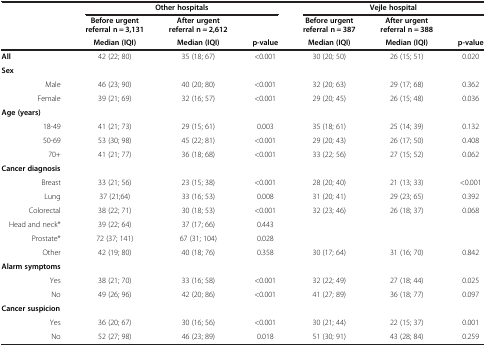
<table><thead><tr><td rowspan="3"><b> </b></td><td colspan="3"><b>Other hospitals</b></td><td colspan="3"><b>Vejle hospital</b></td></tr><tr><td><b>Before urgent referral n = 3,131</b></td><td><b>After urgent referral n = 2,612</b></td><td><b> </b></td><td><b>Before urgent referral n = 387</b></td><td><b>After urgent referral n = 388</b></td><td><b> </b></td></tr><tr><td><b>Median (IQI)</b></td><td><b>Median (IQI)</b></td><td><b>p-value</b></td><td><b>Median (IQI)</b></td><td><b>Median (IQI)</b></td><td><b>p-value</b></td></tr></thead><tbody><tr><td><b>All</b></td><td>42 (22; 80)</td><td>35 (18; 67)</td><td>&lt;0.001</td><td>30 (20; 50)</td><td>26 (15; 51)</td><td>0.020</td></tr><tr><td><b>Sex</b></td><td> </td><td> </td><td> </td><td> </td><td> </td><td> </td></tr><tr><td>Male</td><td>46 (23; 90)</td><td>40 (20; 80)</td><td>&lt;0.001</td><td>32 (20; 63)</td><td>29 (17; 68)</td><td>0.362</td></tr><tr><td>Female</td><td>39 (21; 69)</td><td>32 (16; 57)</td><td>&lt;0.001</td><td>29 (20; 45)</td><td>26 (15; 48)</td><td>0.036</td></tr><tr><td><b>Age (years)</b></td><td> </td><td> </td><td> </td><td> </td><td> </td><td> </td></tr><tr><td>18-49</td><td>41 (21; 73)</td><td>29 (15; 61)</td><td>0.003</td><td>35 (18; 61)</td><td>25 (14; 39)</td><td>0.132</td></tr><tr><td>50-69</td><td>53 (30; 98)</td><td>45 (22; 81)</td><td>&lt;0.001</td><td>29 (20; 43)</td><td>26 (17; 50)</td><td>0.408</td></tr><tr><td>70+</td><td>41 (21; 77)</td><td>36 (18; 68)</td><td>&lt;0.001</td><td>33 (22; 56)</td><td>27 (15; 52)</td><td>0.062</td></tr><tr><td><b>Cancer diagnosis</b></td><td> </td><td> </td><td> </td><td> </td><td> </td><td> </td></tr><tr><td>Breast</td><td>33 (21; 56)</td><td>23 (15; 38)</td><td>&lt;0.001</td><td>28 (20; 40)</td><td>21 (13; 33)</td><td>&lt;0.001</td></tr><tr><td>Lung</td><td>37 (21;64)</td><td>33 (16; 53)</td><td>0.008</td><td>31 (20; 41)</td><td>29 (23; 65)</td><td>0.392</td></tr><tr><td>Colorectal</td><td>38 (22; 71)</td><td>30 (18; 53)</td><td>&lt;0.001</td><td>32 (23; 46)</td><td>26 (18; 37)</td><td>0.068</td></tr><tr><td>Head and neck*</td><td>39 (22; 64)</td><td>37 (17; 66)</td><td>0.443</td><td> </td><td> </td><td> </td></tr><tr><td>Prostate*</td><td>72 (37; 141)</td><td>67 (31; 104)</td><td>0.028</td><td> </td><td> </td><td> </td></tr><tr><td>Other</td><td>42 (19; 80)</td><td>40 (18; 76)</td><td>0.358</td><td>30 (17; 64)</td><td>31 (16; 70)</td><td>0.842</td></tr><tr><td><b>Alarm symptoms</b></td><td> </td><td> </td><td> </td><td> </td><td> </td><td> </td></tr><tr><td>Yes</td><td>38 (21; 70)</td><td>33 (16; 58)</td><td>&lt;0.001</td><td>32 (22; 49)</td><td>27 (18; 44)</td><td>0.025</td></tr><tr><td>No</td><td>49 (26; 96)</td><td>42 (20; 86)</td><td>&lt;0.001</td><td>41 (27; 89)</td><td>36 (18; 77)</td><td>0.097</td></tr><tr><td><b>Cancer suspicion</b></td><td> </td><td> </td><td> </td><td> </td><td> </td><td> </td></tr><tr><td>Yes</td><td>36 (20; 67)</td><td>30 (16; 56)</td><td>&lt;0.001</td><td>30 (21; 44)</td><td>22 (15; 37)</td><td>0.001</td></tr><tr><td>No</td><td>52 (27; 98)</td><td>46 (23; 89)</td><td>0.018</td><td>51 (30; 91)</td><td>43 (28; 84)</td><td>0.259</td></tr></tbody></table>